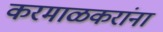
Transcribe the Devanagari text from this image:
करमाळकरांना